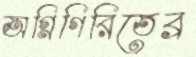
অগ্নিগিরিতেব্র